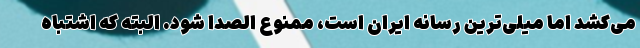
می‌کشد اما میلی‌ترین رسانه ایران است، ممنوع الصدا شود. البته که اشتباه